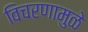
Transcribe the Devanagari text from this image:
विचरणामुळे